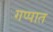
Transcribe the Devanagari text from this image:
गप्पात